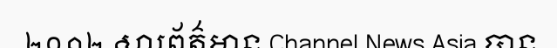
២០១២ សារព័ត៌មាន Channel News Asia បាន